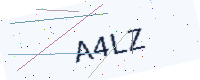
Text: A4LZ